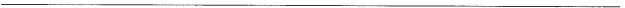
___